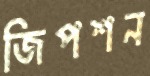
জিপশন